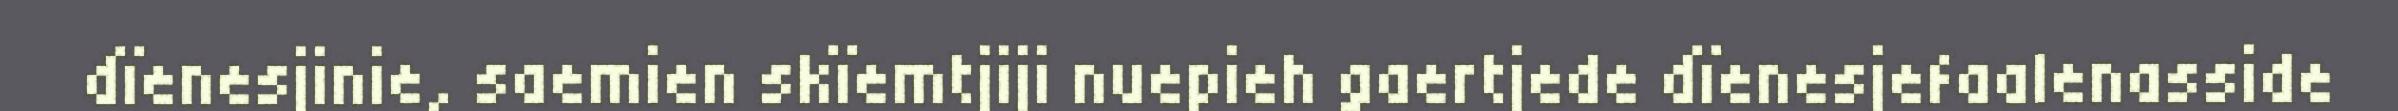
dïenesjinie, saemien skïemtjiji nuepieh gaertjede dïenesjefaalenasside